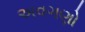
અવગણો